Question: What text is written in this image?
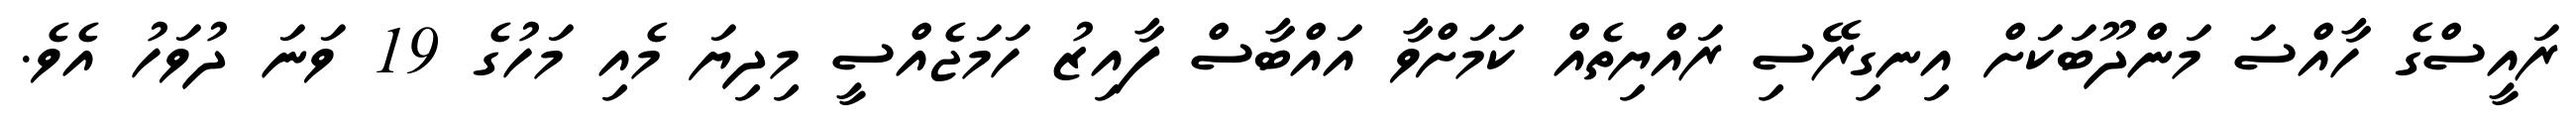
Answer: ރައީސްގެ ހާއްސަ މަންދޫބަކަށް އިނގިރޭސި ރައްޔިތެއް ކަމަށްވާ އައްބާސް ފާއިޒު ހަމަޖެއްސީ މިދިޔަ މެއި މަހުގެ 19 ވަނަ ދުވަހު އެވެ.